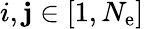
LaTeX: i,\mathbf{j}\in[1,N_{\mathrm{{e}}}]